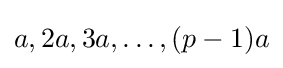
a,2a,3a,\ldots ,(p-1)a